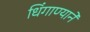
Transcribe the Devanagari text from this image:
धिंगाण्याने